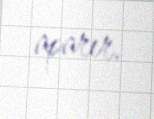
aparır.